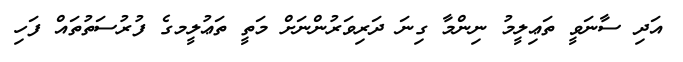
އަދި ސާނަވީ ތަޢިލީމު ނިންމާ ގިނަ ދަރިވަރުންނަށް މަތީ ތަޢުލީމގެ ފުރުސަތުތައް ފަހި